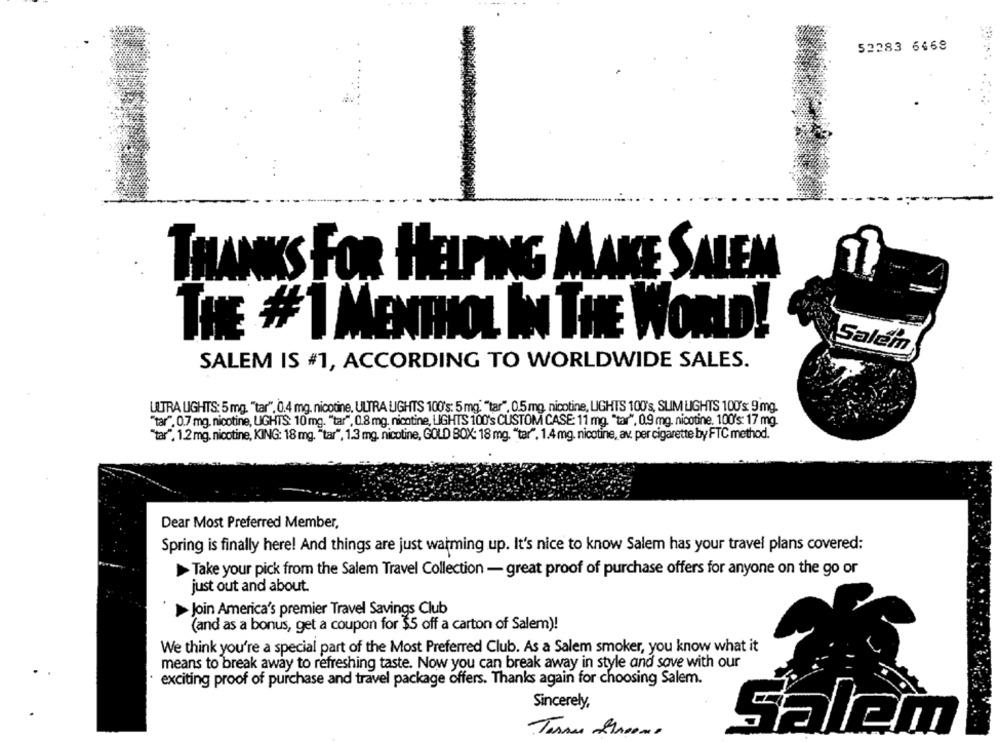
52283 6469
THANKS FOR HELPING MAKE SALEM
THE #1 MENTHOL IN THE WORLD!
Salem
SALEM IS #1, ACCORDING TO WORLDWIDE SALES.
ULTRA LIGHTS: 5 mg, "tar". 0.4 mg, nicotine. ULTRA LIGHTS 100's: 5 mg. "tar", 0.5 mg, nicotine, LIGHTS 100's, SUM LIGHTS 100's 9mg.
"tar". 0.7 mg. nicotine, LIGHTS: 10 mg. "tar", 0.8 mg. nicotine, LIGHTS 100's CUSTOM CASE: 11 mg. "tar", 0.9 mg. nicotine. 100's: 17 mg.
"tar", 1.2mg. nicotine, KING: 18 mg. "tar", 1.3 mg, nicotine, GOLD BOX: 18 mg, "tar", 1.4 mg. nicotine, av. per cigarette by FTC method.
Dear Most Preferred Member,
Spring is finally here! And things are just warming up. It's nice to know Salem has your travel plans covered:
> Take your pick from the Salem Travel Collection - great proof of purchase offers for anyone on the go or
just out and about.
>Join America's premier Travel Savings Club
(and as a bonus, get a coupon for $5 off a carton of Salem)!
We think you're a special part of the Most Preferred Club. As a Salem smoker, you know what it
means to break away to refreshing taste. Now you can break away in style and save with our
exciting proof of purchase and travel package offers. Thanks again for choosing Salem.
Sincerely,
Salem